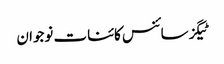
ٹیگزسائنس کائنات نوجوان